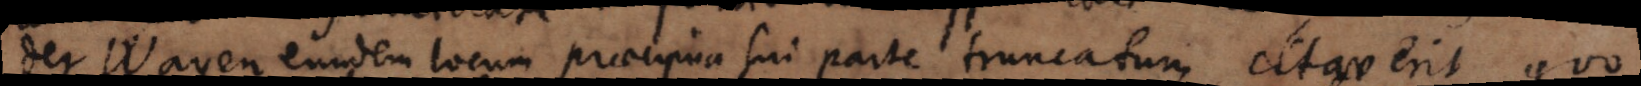
der Wayen eundem locum praecipua sui parte truncatum citaverit quo